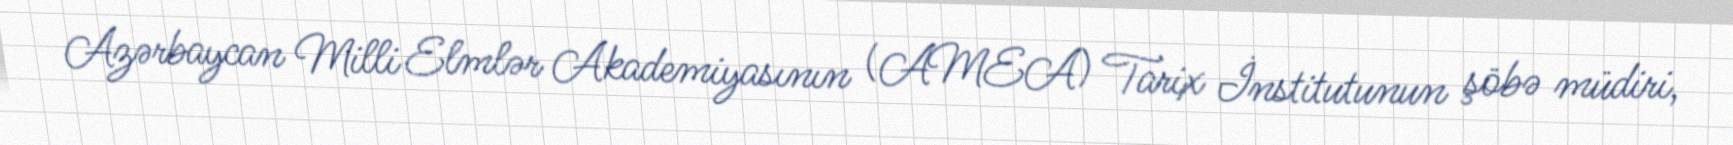
Azərbaycan Milli Elmlər Akademiyasının (AMEA) Tarix İnstitutunun şöbə müdiri,